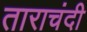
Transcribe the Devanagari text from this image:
ताराचंदी